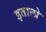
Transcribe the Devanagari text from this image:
इतालो